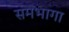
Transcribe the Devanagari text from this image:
समभागा